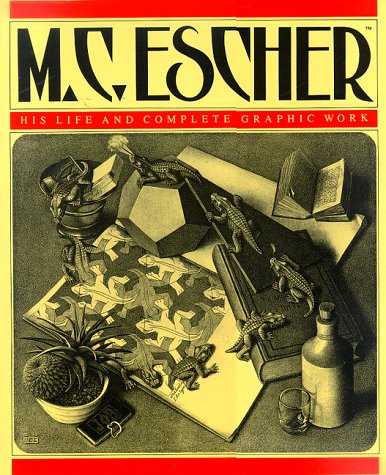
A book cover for M.C. Escher: His Life and Complete Graphic Work (With a Fully Illustrated Catalogue); F. H. Bool; Biographies & Memoirs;